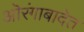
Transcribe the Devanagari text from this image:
ऒरंगाबादेत